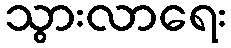
သွားလာရေး